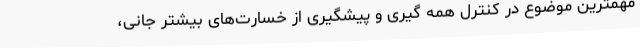
مهمترین موضوع در کنترل همه گیری و پیشگیری از خسارت‌های بیشتر جانی،